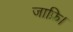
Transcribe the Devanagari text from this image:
जाफ्रि।